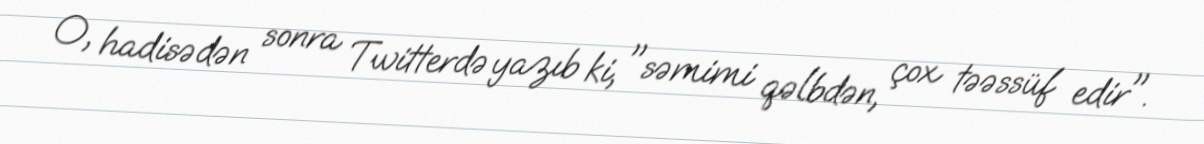
O, hadisədən sonra Twitterdə yazıb ki, "səmimi qəlbdən, çox təəssüf edir".